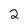
Character: 2